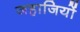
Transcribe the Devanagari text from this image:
जहाजियों